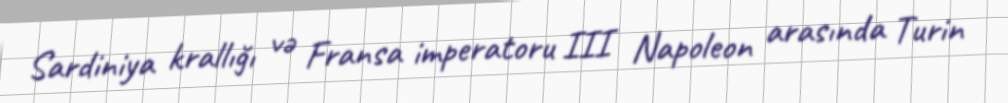
Sardiniya krallığı və Fransa imperatoru III Napoleon arasında Turin